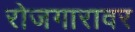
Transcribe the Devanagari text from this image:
रोजगारावर